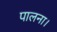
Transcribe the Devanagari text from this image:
पालना।